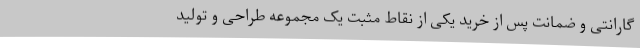
گارانتی و ضمانت پس از خرید یکی از نقاط مثبت یک مجموعه طراحی و تولید